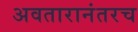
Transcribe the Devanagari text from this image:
अवतारानंतरच